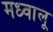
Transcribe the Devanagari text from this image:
मध्वालू